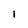
Character: l